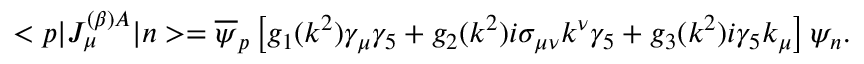
< p | J _ { \mu } ^ { ( \beta ) A } | n > = \overline { { \psi } } _ { p } \left[ g _ { 1 } ( k ^ { 2 } ) \gamma _ { \mu } \gamma _ { 5 } + g _ { 2 } ( k ^ { 2 } ) i \sigma _ { \mu \nu } k ^ { \nu } \gamma _ { 5 } + g _ { 3 } ( k ^ { 2 } ) i \gamma _ { 5 } k _ { \mu } \right] \psi _ { n } .